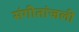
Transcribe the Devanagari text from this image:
संगीतांजली